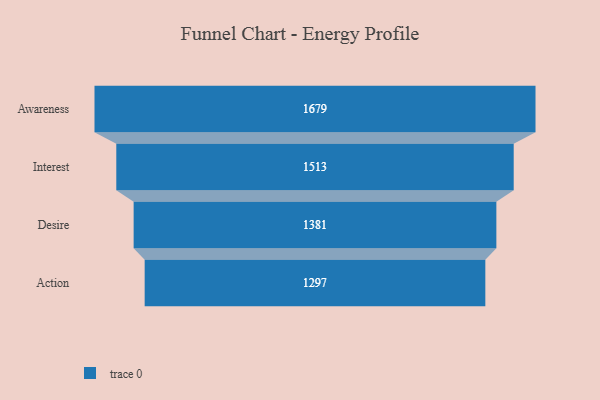
{"axis": {"x": "Stage", "y": "Value"}, "legend": [""], "data": [{"x": "Awareness", "y": 1679.0, "type": ""}, {"x": "Interest", "y": 1513.0, "type": ""}, {"x": "Desire", "y": 1381.0, "type": ""}, {"x": "Action", "y": 1297.0, "type": ""}]}